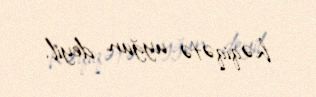
həqiqətə uyğun deyil.